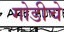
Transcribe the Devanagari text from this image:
गोडीचे